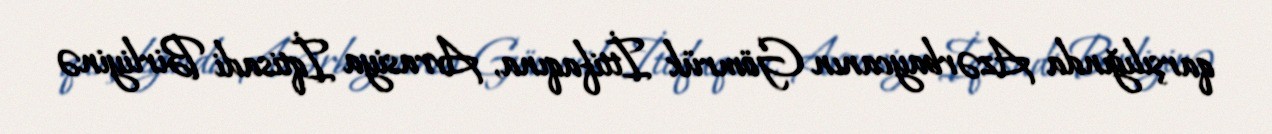
qarşılığında Azərbaycanın Gömrük İttifaqına, Avrasiya İqtisadi Birliyinə